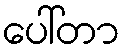
ပေါ်တာ